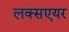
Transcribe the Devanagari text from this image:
लक्सएयर